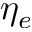
\eta _ { e }